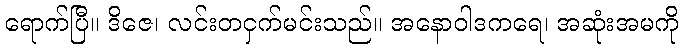
ရောက်ပြီ။ ဒိဇေ၊ လင်းတငှက်မင်းသည်။ အနောဝါဒကရေ၊ အဆုံးအမကို